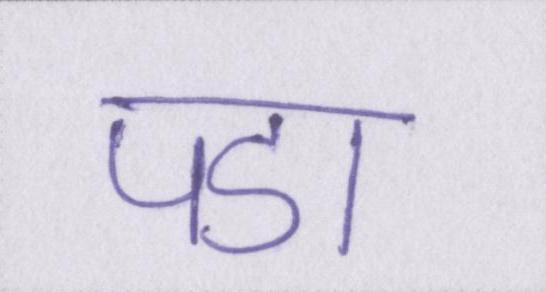
पडा